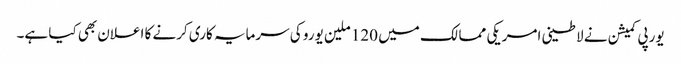
یورپی کمیشن نے لاطینی امریکی ممالک میں 120 ملین یورو کی سرمایہ کاری کرنے کا اعلان بھی کیا ہے۔